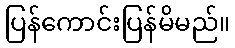
ပြန်ကောင်းပြန်မိမည်။